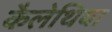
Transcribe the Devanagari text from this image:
कैलेथिया